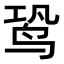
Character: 𬸉